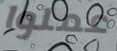
عملوا